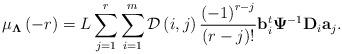
LaTeX: \begin{align*}\mu_{\mathbf{\Lambda}}\left(-r\right)=L\sum_{j=1}^{r}\sum_{i=1}^{m}\mathcal{D}\left(i,j\right)\frac{\left(-1\right)^{r-j}}{\left(r-j\right)!}\mathbf{b}_i^t\mathbf{\Psi}^{-1} \mathbf{D}_i\mathbf{a}_j .\end{align*}